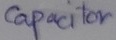
Text: Capacitor